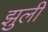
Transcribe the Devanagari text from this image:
झुली